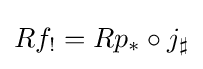
Rf_{!}=Rp_{*}\circ j_{\sharp }